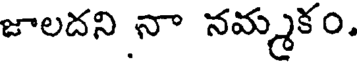
జాలదని నా నమ్మకం.